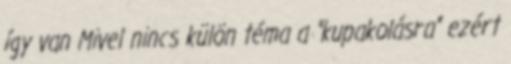
így van Mivel nincs külön téma a "kupakolásra" ezért